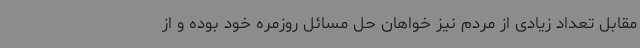
مقابل تعداد زیادی از مردم نیز خواهان حل مسائل روزمره خود بوده و از